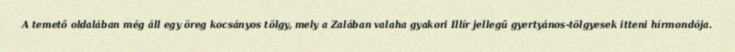
A temető oldalában még áll egy öreg kocsányos tölgy, mely a Zalában valaha gyakori Illír jellegű gyertyános-tölgyesek itteni hírmondója.